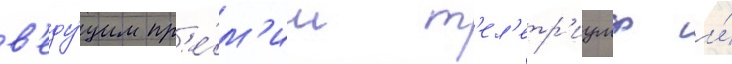
в'еду́щим пр'е́м'ии т'ел'етр'иумф и́